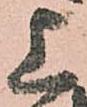
上